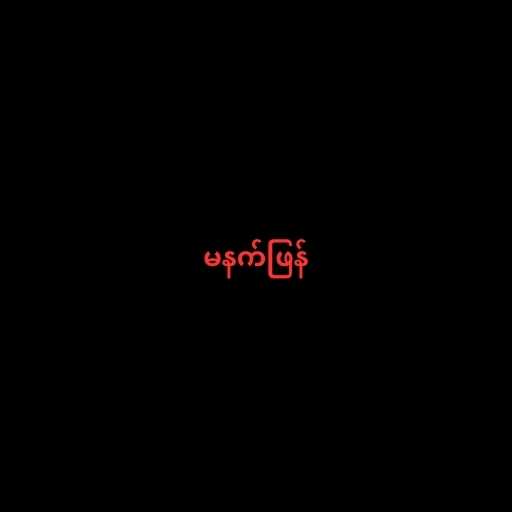
မနက်ဖြန်